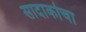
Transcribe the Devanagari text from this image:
सादाकोचा